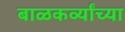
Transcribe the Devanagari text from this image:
बाळकर्व्यांच्या